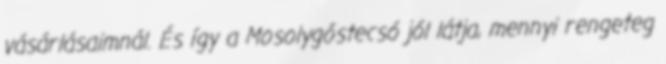
vásárlásaimnál. És így a Mosolygóstecsó jól látja, mennyi rengeteg